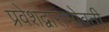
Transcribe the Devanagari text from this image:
प्रवेशद्वाराभोवती